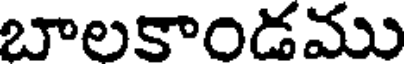
బాలకాండము